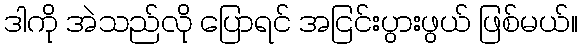
ဒါကို အဲသည်လို ပြောရင် အငြင်းပွားဖွယ် ဖြစ်မယ်။